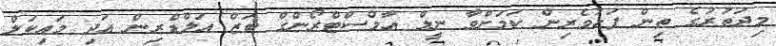
މިދަތުރުގެ ތިން ފަޅުވެރިން ކަމަށްވާ ނީލް އާމްސްޓްރޯންގް ބަޒް އަލްޑްރިން އަދި މައިކަލް